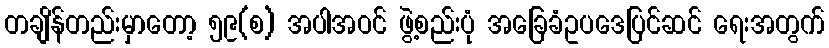
တချိန်တည်းမှာတော့ ၅၉(စ) အပါအဝင် ဖွဲ့စည်းပုံ အခြေခံဥပဒေပြင်ဆင် ရေးအတွက်